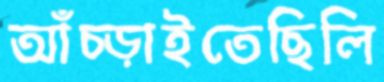
আঁচ্‌ড়াইতেছিলি